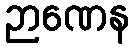
ဉာဏေန